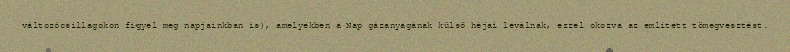
változócsillagokon figyel meg napjainkban is), amelyekben a Nap gázanyagának külső héjai leválnak, ezzel okozva az említett tömegvesztést.